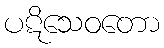
ပဋိသေဝတော